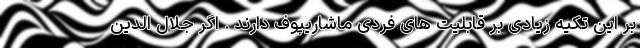
بر این تکیه زیادی بر قابلیت های فردی ماشاریپوف دارند . اگر جلال الدین